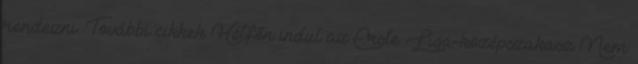
rendezni. További cikkek Hétfőn indul az Erste Liga-középszakasz Nem